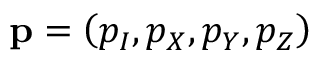
\mathbf { p } = \left( p _ { I } , p _ { X } , p _ { Y } , p _ { Z } \right)